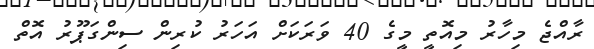
ރާއްޖެ މިހާރު މިއޮތީ މީގެ 40 ވަރަކަށް އަހަރު ކުރިން ސިންގަޕޫރު އޮތް